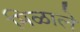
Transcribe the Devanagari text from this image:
मिळालेे